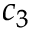
c _ { 3 }